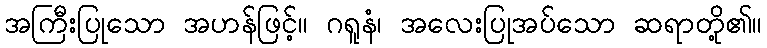
အကြီးပြုသော အဟန်ဖြင့်။ ဂရူနံ၊ အလေးပြုအပ်သော ဆရာတို့၏။